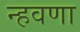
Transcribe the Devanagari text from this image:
न्हवणा